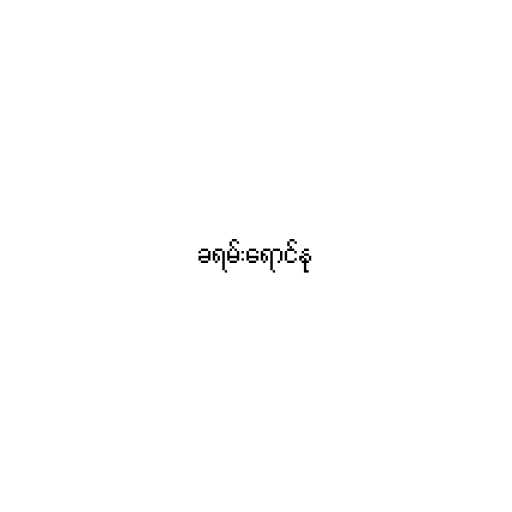
ခရမ်းရောင်နု